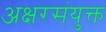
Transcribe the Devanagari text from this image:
अक्षरसंयुक्त